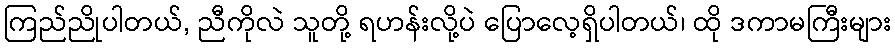
ကြည်ညိုပါတယ်, ညီကိုလဲ သူတို့ ရဟန်းလို့ပဲ ပြောလေ့ရှိပါတယ်၊ ထို ဒကာမကြီးများ